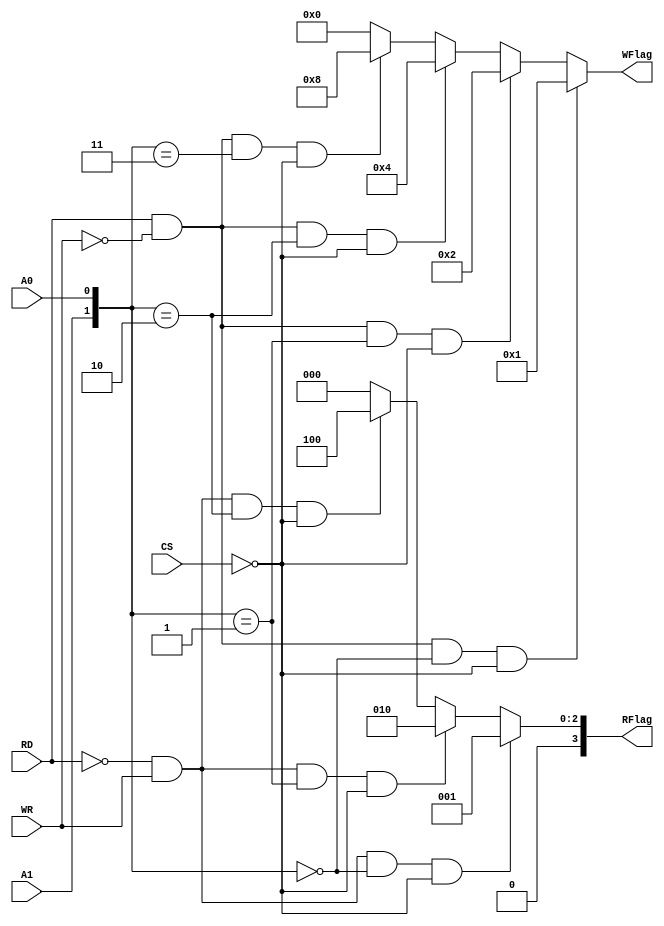
module ReadWrite ( input A0 ,input A1 , input CS ,input WR , input RD , output [3:0] RFlag,
output [3:0] WFlag
 );

assign RFlag =       ((RD == 1'b0 && WR == 1'b1) && {A1,A0} == 2'b00 && CS == 1'b0) ? 4'b0001 :       //counter 0
                     ((RD == 1'b0 && WR == 1'b1) && {A1,A0} == 2'b01 && CS == 1'b0) ? 4'b0010 :	      // counter 1
                     ((RD == 1'b0 && WR == 1'b1) && {A1,A0} == 2'b10 && CS == 1'b0) ? 4'b0100 : 4'b0000 ; //counter 2

assign WFlag =	     ((RD == 1'b1 && WR == 1'b0) && {A1,A0} == 2'b00 && CS == 1'b0) ? 4'b0001 : //counter 0 
                     ((RD == 1'b1 && WR == 1'b0) && {A1,A0} == 2'b01 && CS == 1'b0) ? 4'b0010 : //counter 1
                     ((RD == 1'b1 && WR == 1'b0) && {A1,A0} == 2'b10 && CS == 1'b0) ? 4'b0100 : //counter 2 
                     ((RD == 1'b1 && WR == 1'b0) && {A1,A0} == 2'b11 && CS == 1'b0) ? 4'b1000 : 4'b0000 ; //control register 
 



endmodule